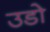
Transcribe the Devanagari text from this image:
उडो